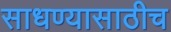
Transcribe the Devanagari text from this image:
साधण्यासाठीच